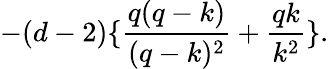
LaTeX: -(d-2)\{ \frac{q(q-k)}{(q-k)^{2}}+\frac{qk}{k^{2}}\} .